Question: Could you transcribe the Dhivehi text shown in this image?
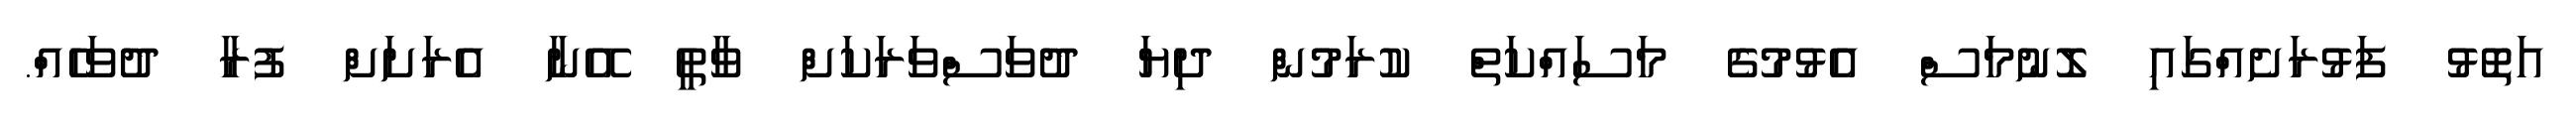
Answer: އަތޮޅު ފަޅުރަށެއްގައި ލޮނުމަސް އެޅުމުގެ މަސައްކަތް ކުރަމުން ދިޔަ ދުވަސްވަރަކަށް ވާތީ އޭނާ އެރަށަށް ފުރާ ދުވަހެއް.